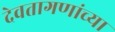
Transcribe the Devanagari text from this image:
देवतागणांच्या